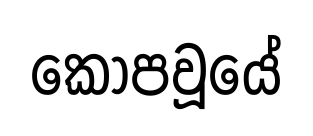
කෝපවූයේ